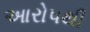
આરોપથી